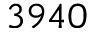
3 9 4 0